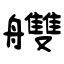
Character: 艭